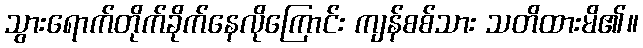
သွားရောက်တိုက်ခိုက်နေလိုကြောင်း ကျန်စစ်သား သတိထားမိ၏။